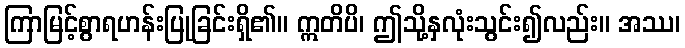
ကြာမြင့်စွာရဟန်းပြုခြင်းရှိ၏။ ဣတိပိ၊ ဤသို့နှလုံးသွင်း၍လည်း။ အဿ၊